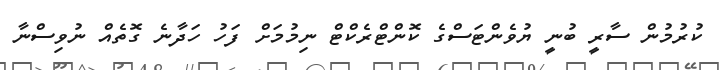
ކުރުމުން ސާރީ ބުނީ ޔުވެންޓަސްގެ ކޮންޓްރެކްޓް ނިމުމަށް ފަހު ހަދާނެ ގޮތެއް ނުވިސްނާ